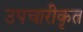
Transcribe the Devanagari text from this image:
उपचारीकृत